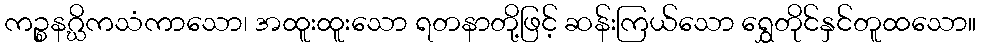
ကဉ္စနဂ္ဃိကသံကာသော၊ အထူးထူးသော ရတနာတို့ဖြင့် ဆန်းကြယ်သော ရွှေတိုင်နှင်တူထသော။